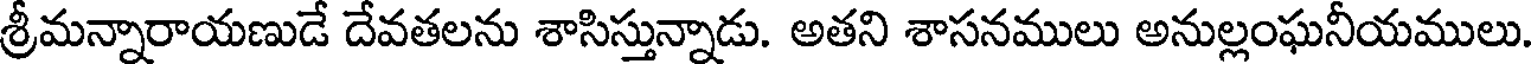
శ్రీమన్నారాయణుడే దేవతలను శాసిస్తున్నాడు. అతని శాసనములు అనుల్లంఘనీయములు